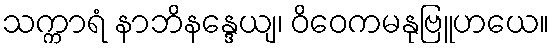
သက္ကာရံ နာဘိနန္ဒေယျ၊ ဝိဝေကမနုဗြူဟယေ။